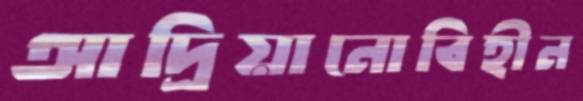
আদ্রিয়ানোবিহীন